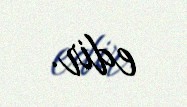
edir.